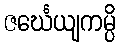
ဇင်္ဃေယျကမ္ပိ